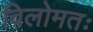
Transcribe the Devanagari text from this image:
विलोमतः